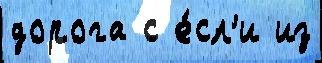
дорога с е́сл'и из